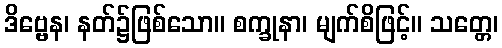
ဒိဗ္ဗေန၊ နတ်၌ဖြစ်သော။ စက္ခုနာ၊ မျက်စိဖြင့်။ သတ္တေ၊